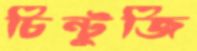
চিন্টুজি